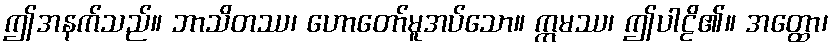
ဤအနက်သည်။ ဘာသိတဿ၊ ဟောတော်မူအပ်သော။ ဣမဿ၊ ဤပါဠိ၏။ အတ္ထော၊